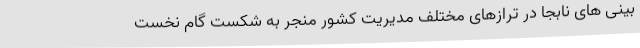
بینی های نابجا در ترازهای مختلف مدیریت کشور منجر به شکست گام نخست